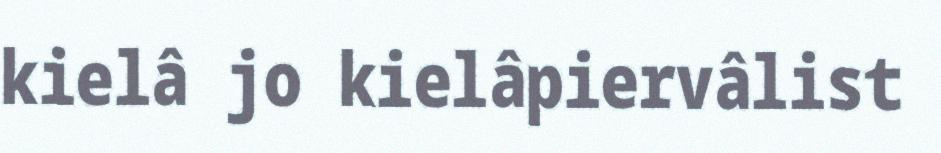
kielâ jo kielâpiervâlist